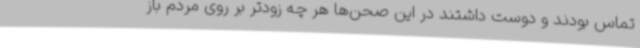
تماس بودند و دوست داشتند در این صحن‌ها هر چه زودتر بر روی مردم باز